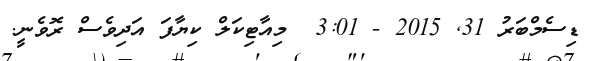
ޑިސެމްބަރު 31